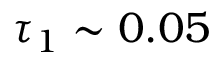
\tau _ { 1 } \sim 0 . 0 5